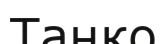
Танко